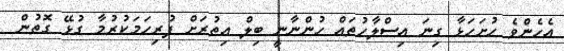
އެހެންވެ ހުށަހަޅާ ގިނަ އިސްލާހުތައް ހުންނާނީ ބިލް އިތުރަށް ފުރިހަމަކުރުމާ ގުޅޭ ގޮތުން